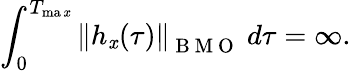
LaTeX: \int_{0}^{T_{\operatorname*{ma\mathit{x}}}}\left\| h_{\mathit{x}}(\tau)\right\| _{\mathrm{{~B~M~O~}}}\ d\tau=\infty.